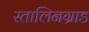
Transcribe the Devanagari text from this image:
स्तालिनग्राड